Vabadussoja_Ajaloo_Komitee, lk 19
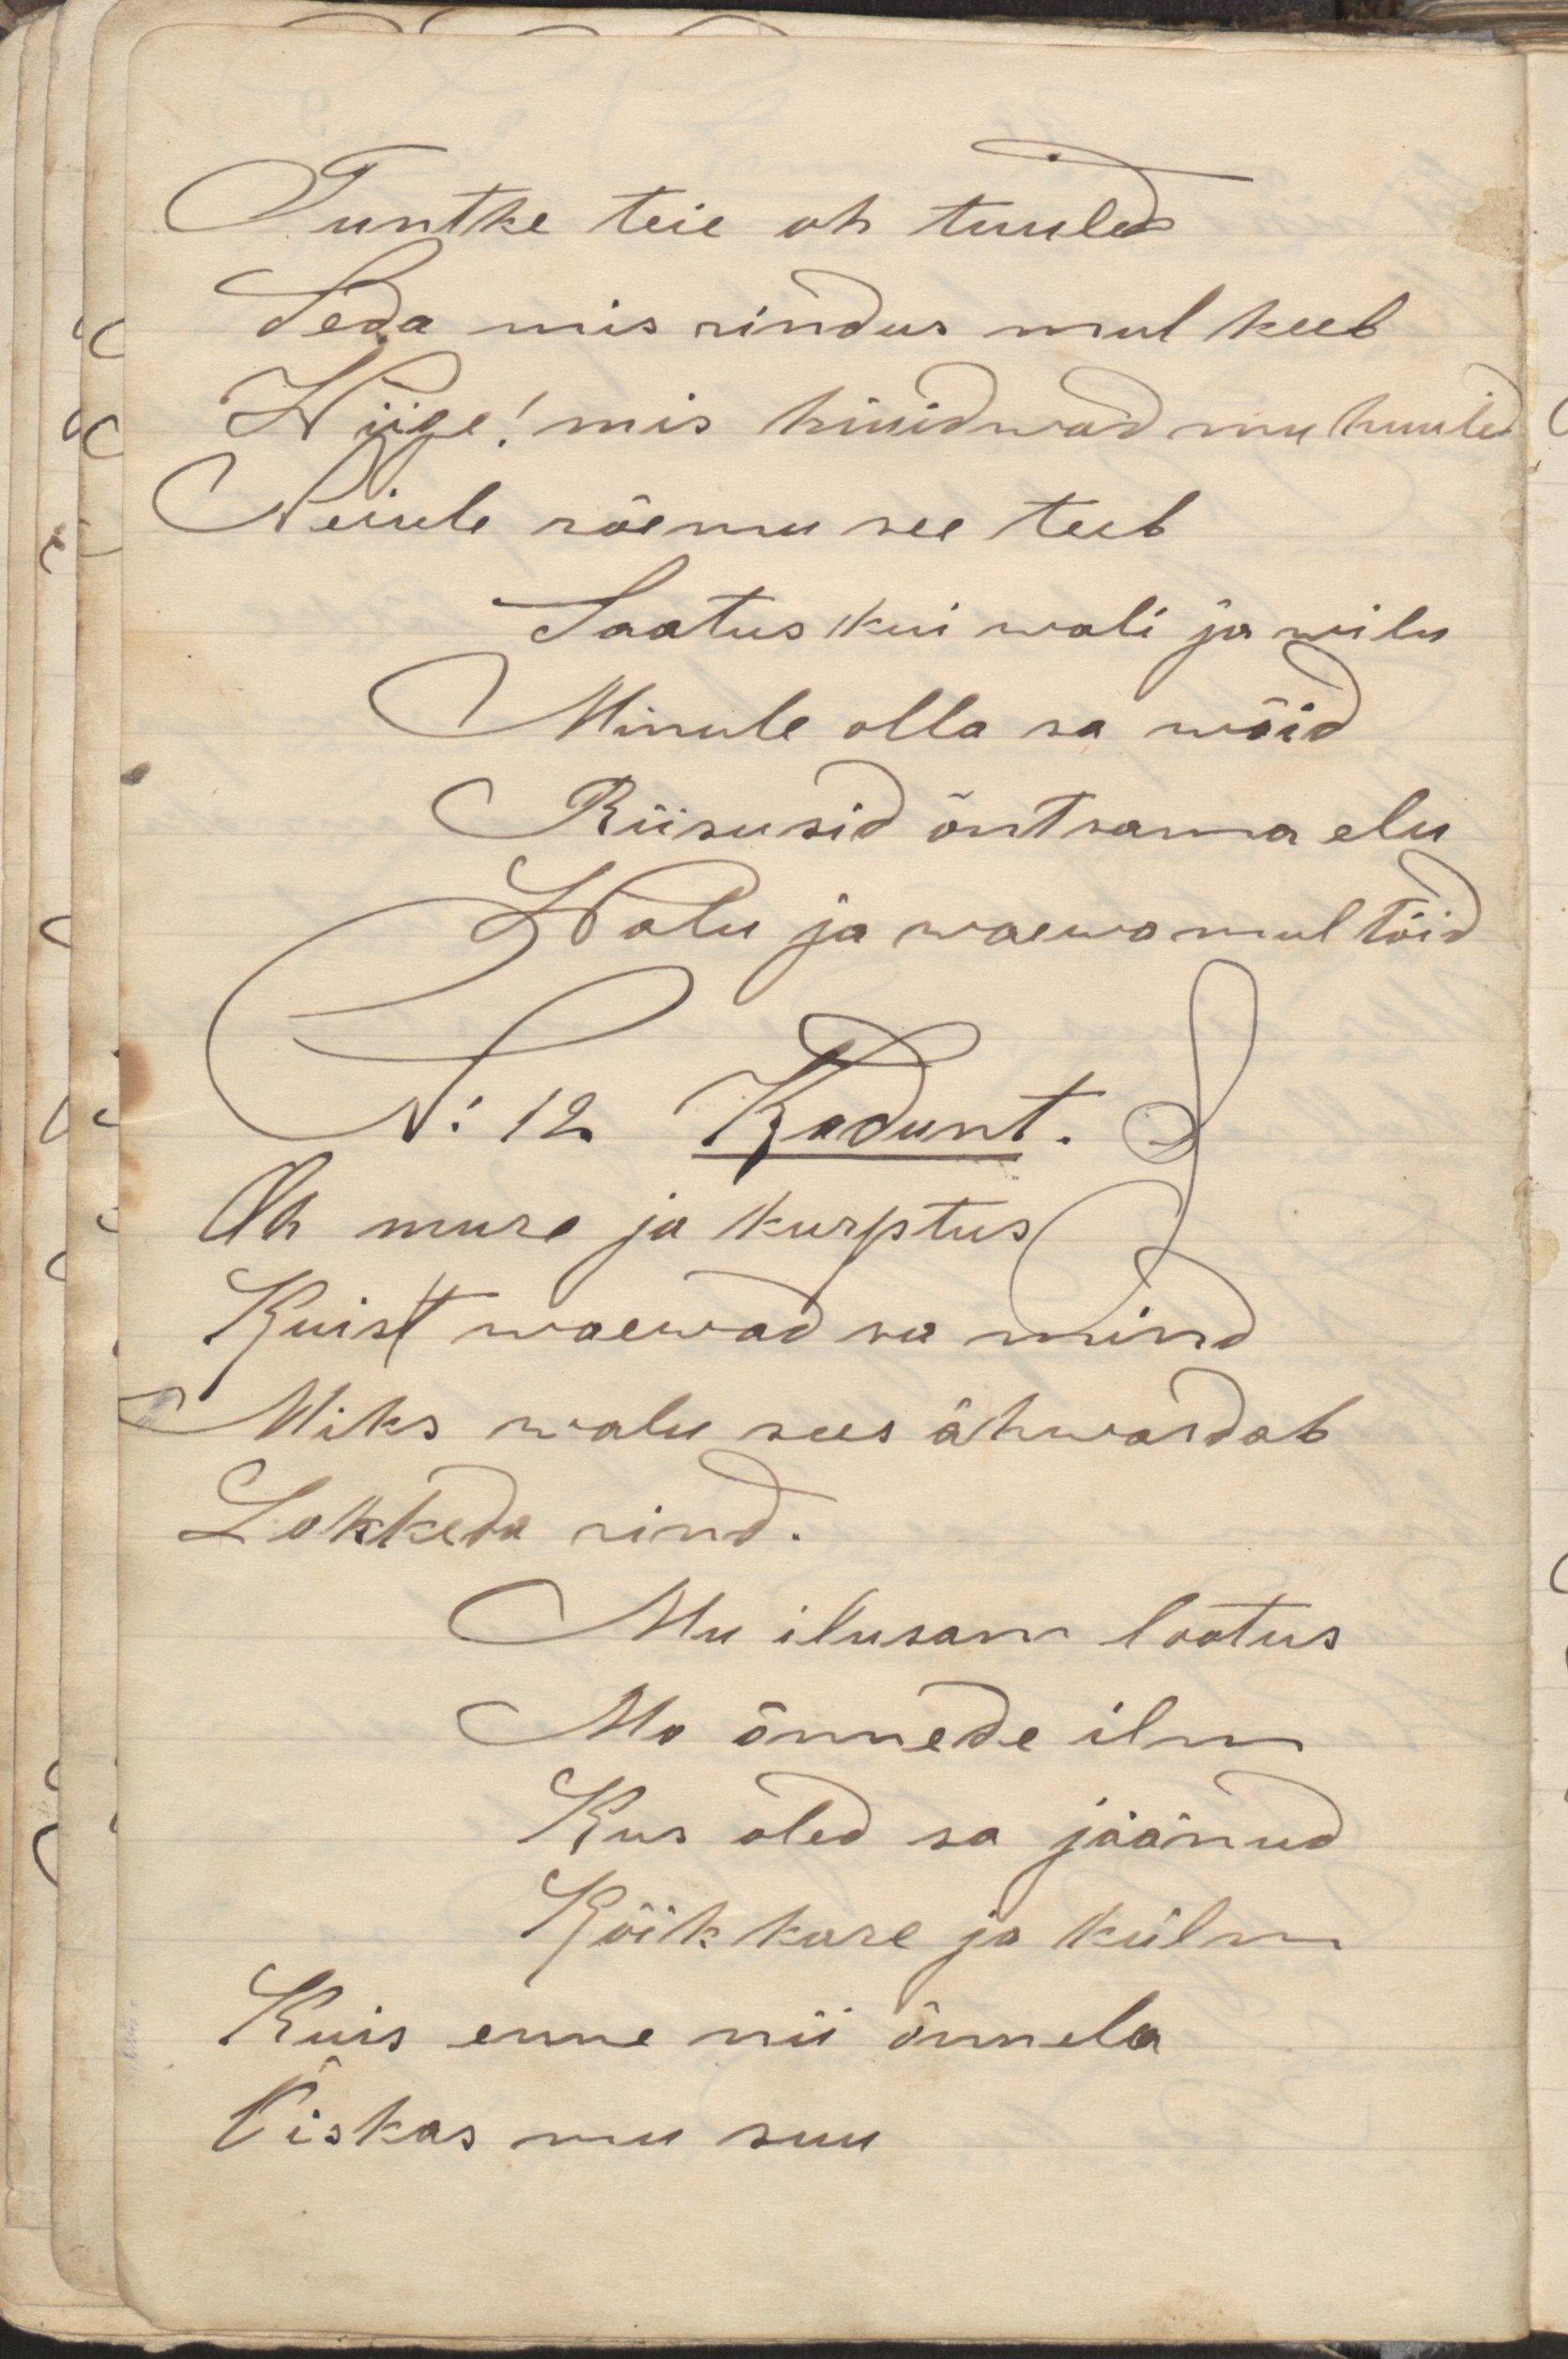
Tuntke teie oh tuuled
Seda mis rindus mul keeb
Wiige! mis hüüdwad mu huuled
Neiule rõemu see teeb
Saatus kui wali ja wilu
Minule olla sa wõid
Riisusid õntsama elu
Walu ja waewa mul tõid
Oh mure ja kurptus
Kuist waewad sa mind
Miks walu sees ähwardab
Lakkeda rind.
Mu ilusam lootus
Mu õnnede ilm
Kus oled sa jäänud
Kõik kare ja külm
Kuis enne nii õnnele
Kiskus mu suu
N: 12 Kadunt.